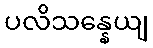
ပလိသန္နေယျ